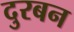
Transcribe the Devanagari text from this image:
दुरबन